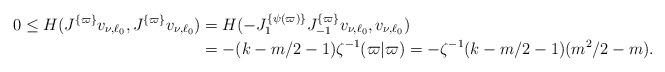
LaTeX: \begin{align*}0\le H(J^{\{\varpi\}}v_{\nu,\ell_0},J^{\{\varpi\}}v_{\nu,\ell_0})&=H(-J^{\{\psi(\varpi)\}}_1J^{\{\varpi\}}_{-1}v_{\nu,\ell_0},v_{\nu,\ell_0})\\&=-(k-m/2-1)\zeta^{-1} (\varpi|\varpi)=-\zeta^{-1}(k-m/2-1)(m^2/2-m).\end{align*}